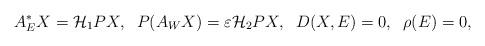
LaTeX: \begin{align*} A_{E}^{*}X=\mathcal{H}_{1}PX,\;\;P(A_{W}X)=\varepsilon \mathcal{H}_{2}PX,\;\;D(X,E)=0,\;\;\rho(E)=0,\end{align*}